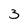
Character: 3